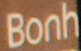
Bonh